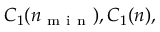
C _ { 1 } ( n _ { \mathrm { ~ m ~ i ~ n ~ } } ) , C _ { 1 } ( n ) ,